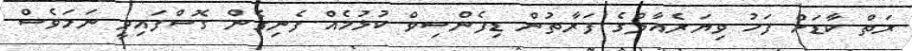
ރަތް ކާޑަށް ފަހު ވިޔަރެއާލްގެ ފަރާތުން ޑިފެންސިވް ކުޅުމެއް ފެނިގެން ގޮސްފައިވީ ނަމަވެސް